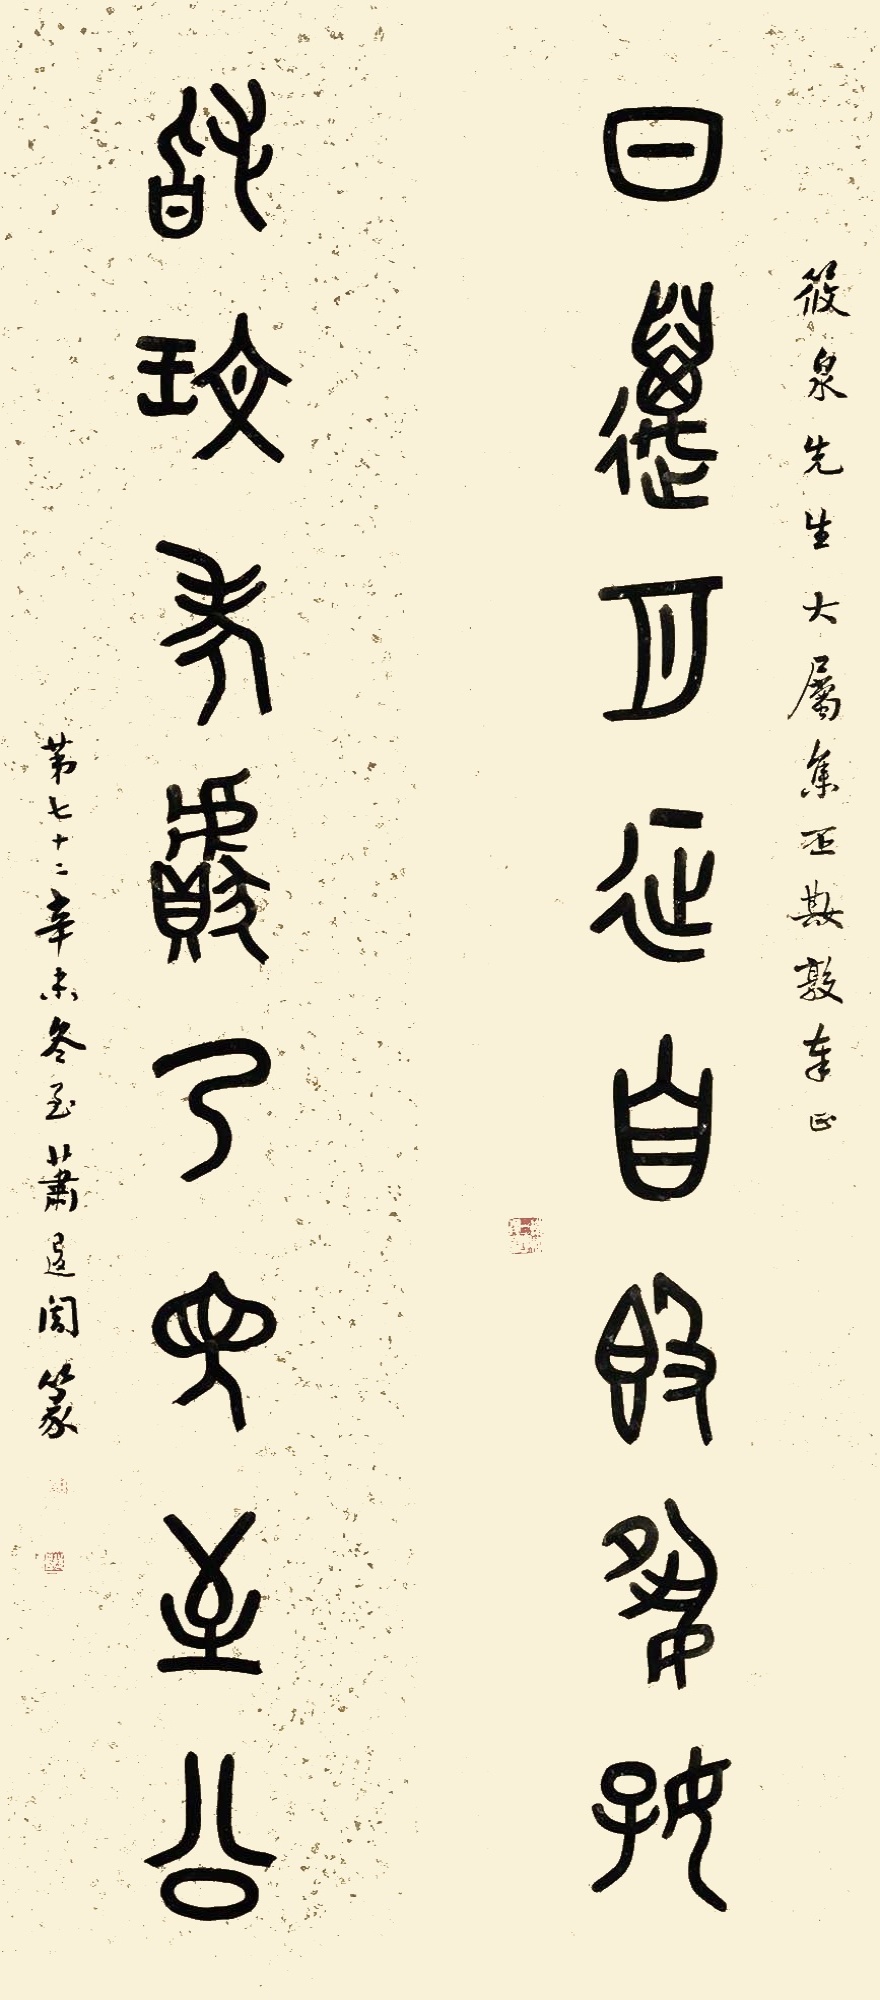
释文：日迈月征自敦夙好，稽玟考献乃见至公。筱泉先生大属，集丕娸敦奉正，第七十二。辛未冬至，萧退暗篆。